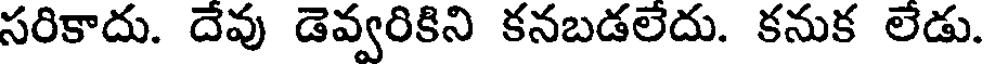
సరికాదు. దేవు డెవ్వరికిని కనబడలేదు. కనుక లేడు.